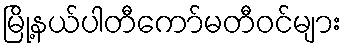
မြို့နယ်ပါတီကော်မတီဝင်များ